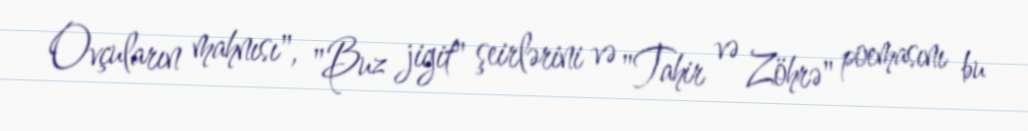
Ovçuların mahnısı", "Buz jigit" şeirlərini və "Tahir və Zöhrə" poemasını bu